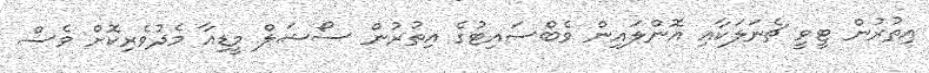
އިތުރުން ޓީވީ ޗެނަލަކާއި އޮންލައިން ވެބްސައިޓުގެ އިތުރުން ސޯޝަލް މީޑިއާ މެދުވެރިކޮށް ވެސް